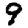
Digit: 9